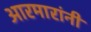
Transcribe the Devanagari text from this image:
आरमारांनी